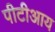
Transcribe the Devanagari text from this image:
पीटीआय